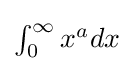
{\textstyle \int _{0}^{\infty }x^{a}dx}